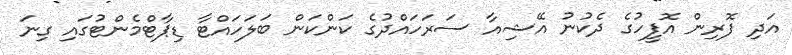
އަދި ފޮރިން އޮފީހުގެ ދެކުނު އޭޝިއާ ސަރަހައްދުގެ ކަންކަން ބަލަހައްޓާ ޑިޕާޓްމެންޓުގައި ގިނަ